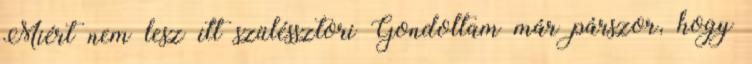
Miért nem lesz itt szüléssztori Gondoltam már párszor, hogy